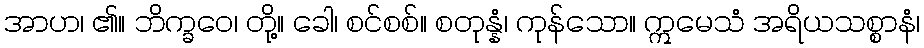
အာဟ၊ ၏။ ဘိက္ခဝေ၊ တို့။ ခေါ၊ စင်စစ်။ စတုန္နံ၊ ကုန်သော။ ဣမေသံ အရိယသစ္စာနံ၊